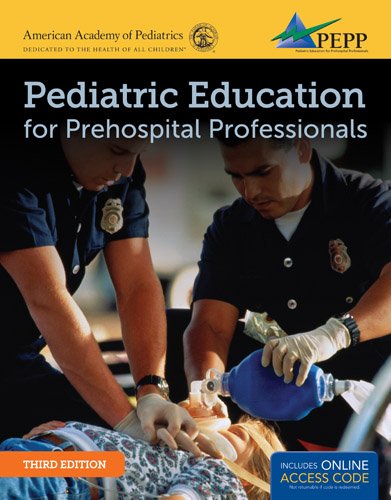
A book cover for Pediatric Education For Prehospital Professionals (PEPP); AAP; Medical Books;